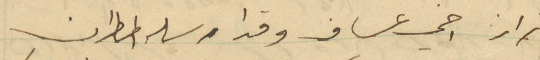
تراز اخي عساف وقد ارسله المطران